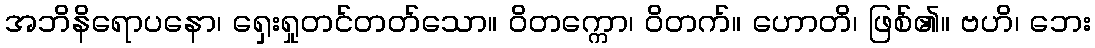
အဘိနိရောပနော၊ ရှေးရှုတင်တတ်သော။ ဝိတက္ကော၊ ဝိတက်။ ဟောတိ၊ ဖြစ်၏။ ဗဟိ၊ ဘေး